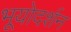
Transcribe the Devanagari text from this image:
भूयोदर्शन